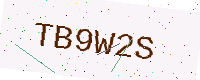
Text: TB9W2S